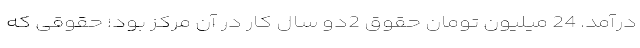
درآمد. 24‌ میلیون تومان حقوق 2دو سال کار در آن مرکز بود؛ حقوقی که